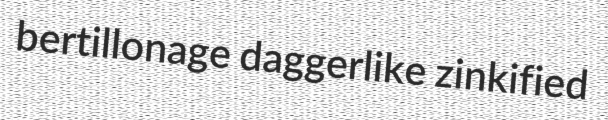
bertillonage daggerlike zinkified